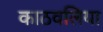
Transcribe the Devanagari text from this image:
काठवलिया